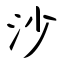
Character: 沙